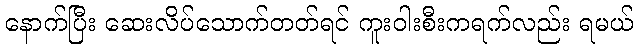
နောက်ပြီး ဆေးလိပ်သောက်တတ်ရင် ကူးဝါးစီးကရက်လည်း ရမယ်